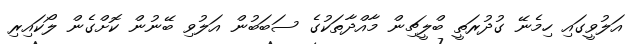
އަލުވީގައި ހިމެނޭ ގުދުރަތީ ބްލީޗިން މާއްދާތަކުގެ ސަބަބުން އަލުވި ބޭނުން ކޮށްގެން ލޯކައިރި